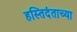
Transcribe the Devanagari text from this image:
हस्तिदंताच्या